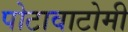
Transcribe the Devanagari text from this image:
पोटावाटोमी